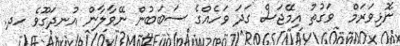
ނޮޅިވަރަމް  ވަގުތު އިިމޭޖަސް ގަދަ ވަހެއްގެ ސަބަބުން ނޭވާލާން އުނދަގޫވެ ހދ.